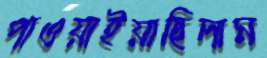
পাওয়াইয়াছিলাম